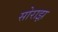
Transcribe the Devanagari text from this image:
सोराझ़